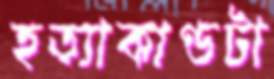
হত্যাকাণ্ডটা